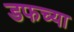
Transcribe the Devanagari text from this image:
डफच्या